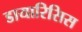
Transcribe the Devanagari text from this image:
डायारिसिस